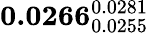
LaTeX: \mathbf{0.0266}_{0.0255}^{0.0281}